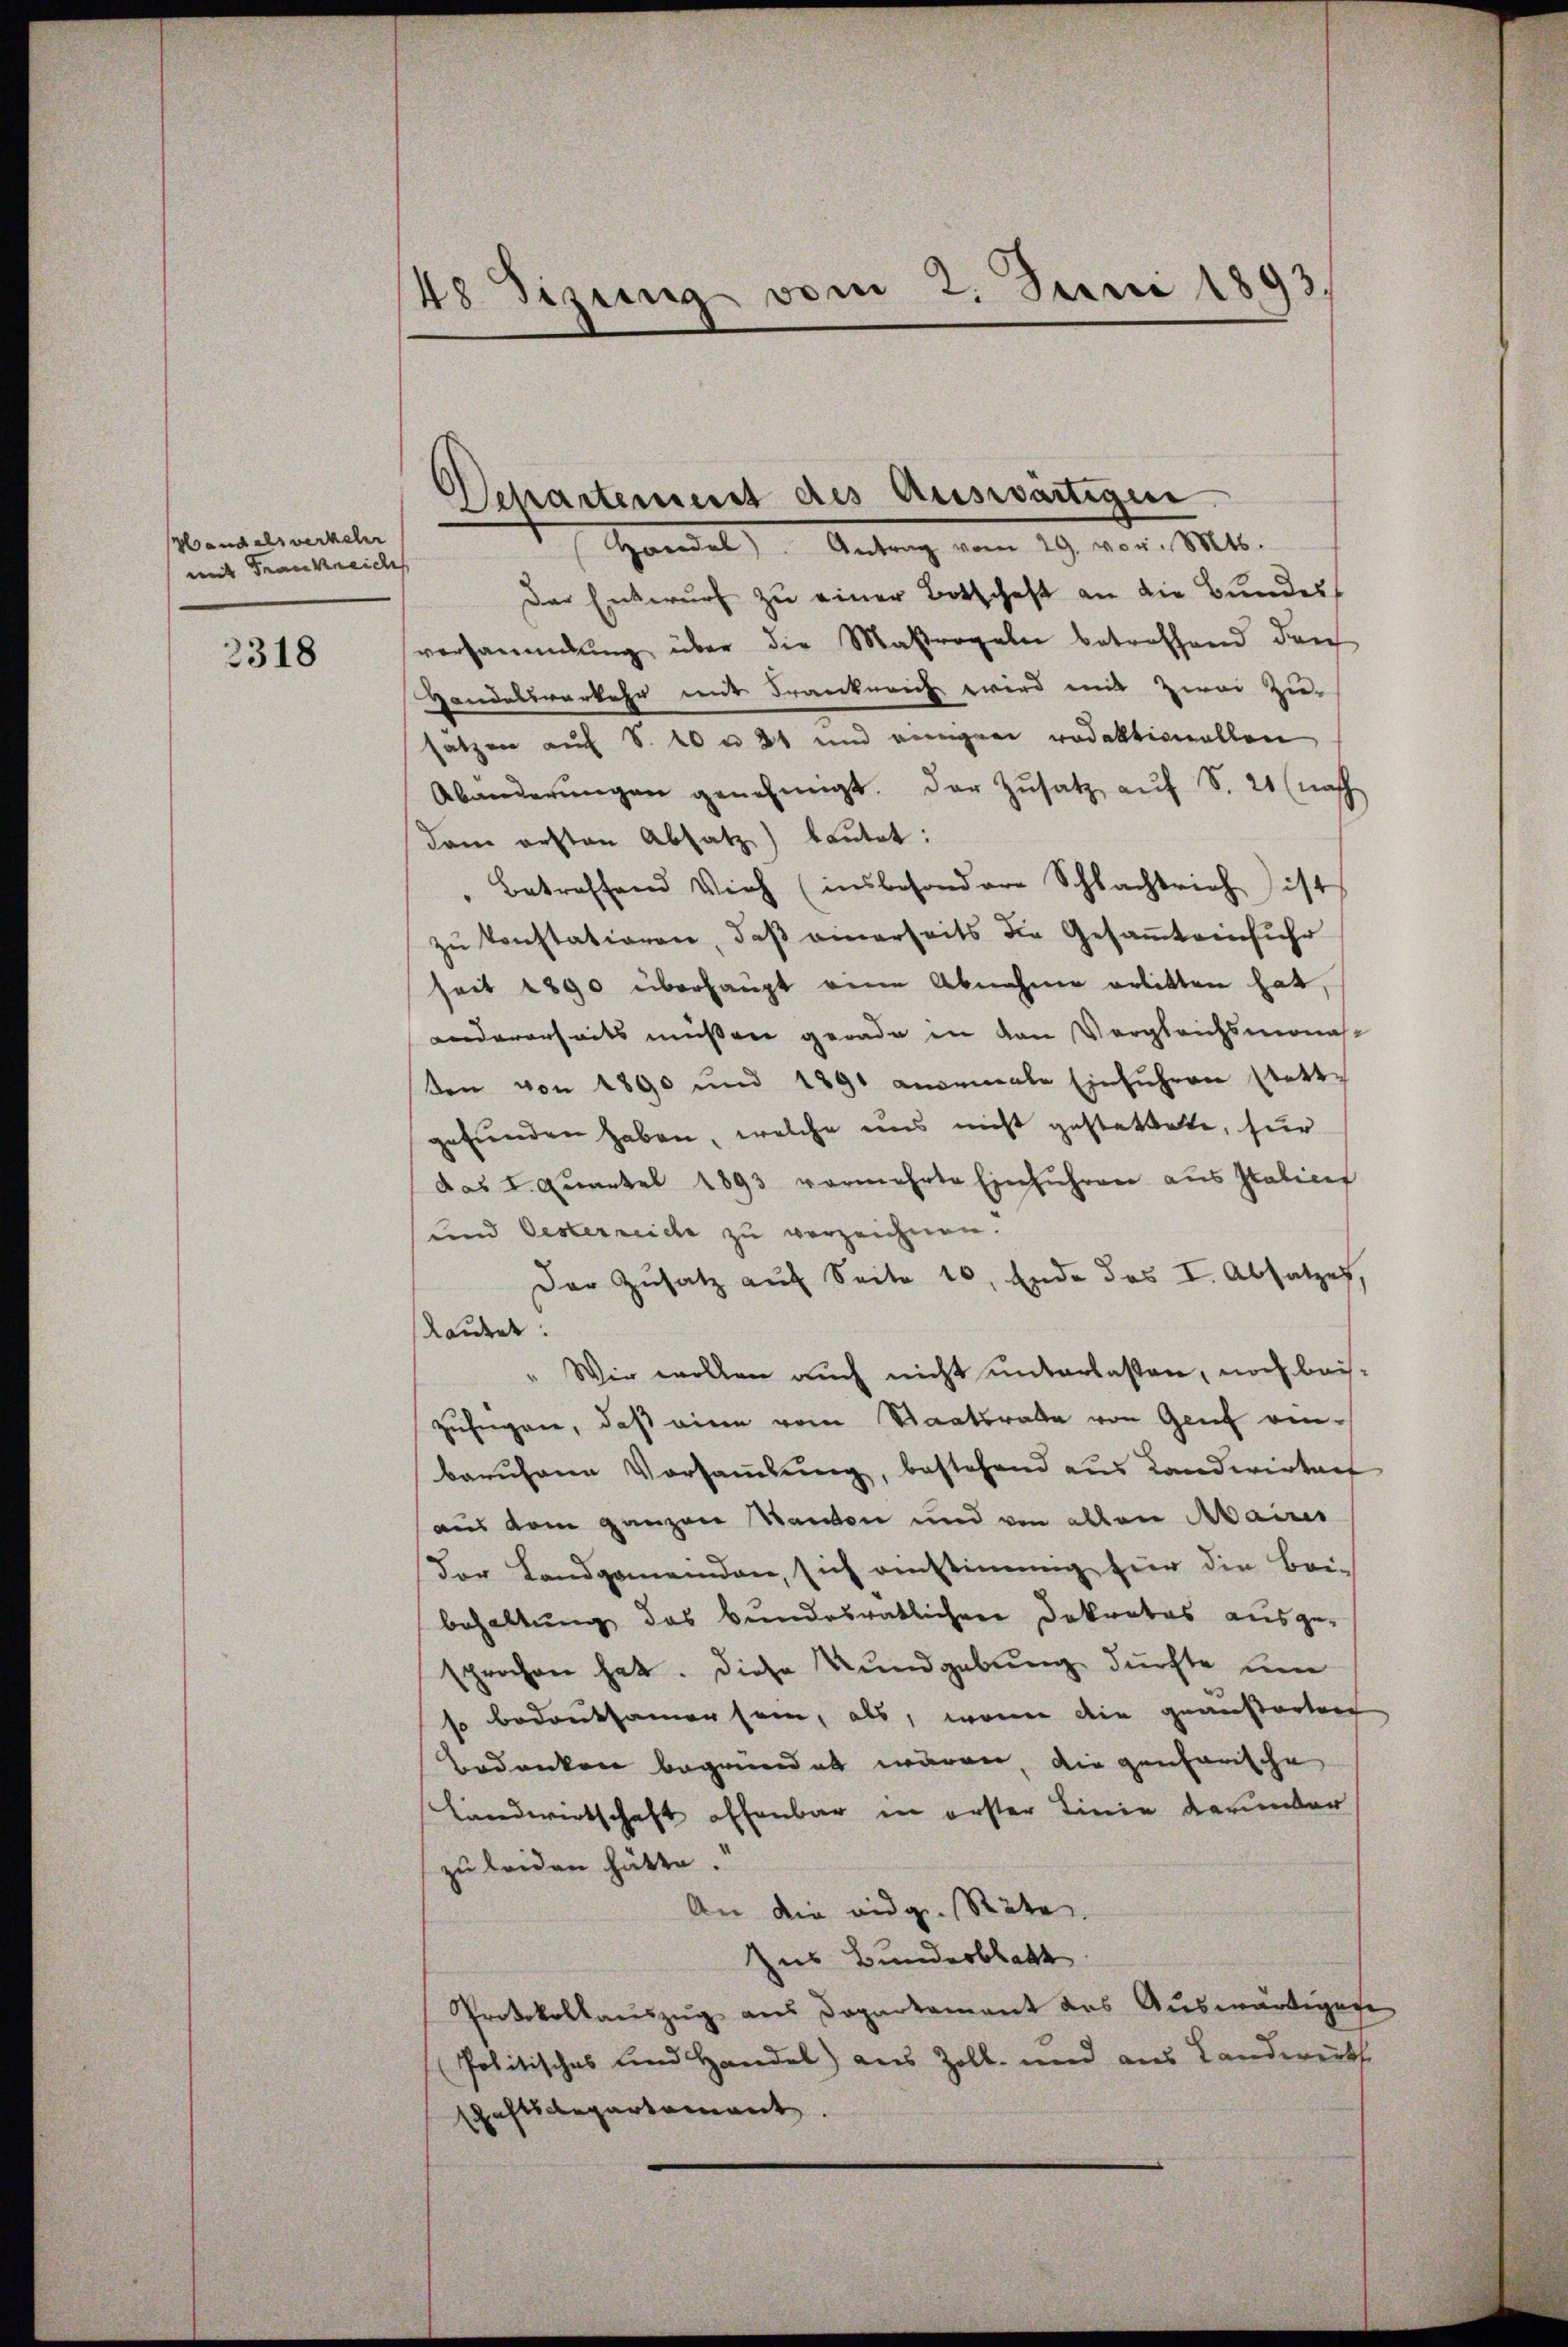
Handelsverkehr
mit Frankreic

2318

48 dizung vom 2. Juni 1893

Departement des Auswärtigen.
Handel). Antrag vom 29. vor. 816.

Der Entwurf zu einer Botschaft an die Bundes
versammlung über die Maßregeln betreffend durch
Handelsverkehr mit Frankreich wird mit Zwei Zu-
satzen auf S. 10 n 21 und einigen redaktionellen
Abänderŭngen genehmigt. Der Zusatz auf S. 21 (nach
dem ersten Absatz) bautet:
Betreffend Vieh (insbesondere Schlachtrich ist
zu konstationen, daß einerseits die Gesamt einfuhr
seit 1890 überhaupt eine Abnahme erlitten hat,
andererseits müssen gerade in den Vergleichsmonas-
den von 1890 und 1891 anormale Einführen stattgefunden haben, welche uns nicht gestattete, für
das I. Quartel 1893 vermehrte Einführen aus Italicit
und Oesterreiche zu verzeichnen.
Der Zusatz auf Seite 10. Ende des I. Absatzes,
Rautet:
Wir wollen auch nicht unterlassen, noch beizufügen, daß eine vom Staatsrathe von Genf einbaruhane Vorsammlung, bestehend aus Landwirtaet
aus dem ganzen Kanton und von allen Mairis
Dor Landgemeinden, sich ainstimmig für die Bei-
behaltung des bundesratlichen Dekretos ausgesprochen hat. Diese Kundgebung durchte um
so bedruksamen sein, als, wenn die geansorten
Bedanken begründet wären, die genarische
Landwirtschaft offenbar in erster Linie darunter
zu leiden hätte.
An die eidg. Räte
Zus Bundesblatt
Protokollauszug aus Departement des Auswärtigese
Politisches und Handel) aus Zoll- und aus Landwerks
schaftsdepartement